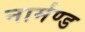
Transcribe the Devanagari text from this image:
नार्मण्ड